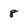
Character: 8